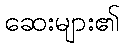
ဆေးများ၏